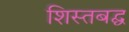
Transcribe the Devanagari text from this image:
शिस्तबद्घ